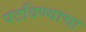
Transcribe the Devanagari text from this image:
पटविण्याचा